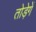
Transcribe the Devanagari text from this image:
तोड़ेगें